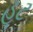
હૂટ